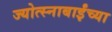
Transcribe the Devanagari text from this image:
ज्योत्स्नाबाईंच्या